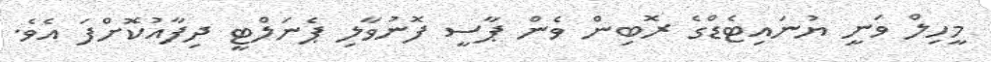
މީހިލް ވަނީ ޔުނައިޓެޑްގެ ރޮބިން ވެން ޕާސީ ފޮނުވާލި ޕެނަލްޓީ ދިފާއުކޮށްފަ އެވެ.